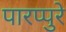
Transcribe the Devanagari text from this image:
पारप्पुरे